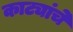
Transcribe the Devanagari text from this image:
काट्यांचे